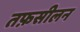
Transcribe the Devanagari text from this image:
तफ़सीलन